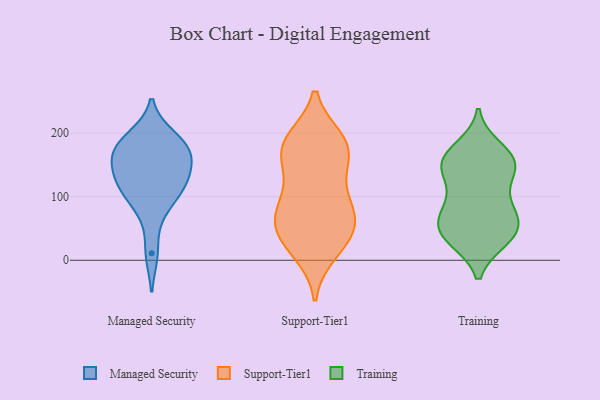
{"axis": {"x": "Headcount", "y": "Value"}, "legend": ["Managed Security", "Support-Tier1", "Training"], "data": [{"x": "", "y": 173, "type": "Managed Security"}, {"x": "", "y": 188, "type": "Managed Security"}, {"x": "", "y": 172, "type": "Managed Security"}, {"x": "", "y": 127, "type": "Managed Security"}, {"x": "", "y": 193, "type": "Managed Security"}, {"x": "", "y": 166, "type": "Managed Security"}, {"x": "", "y": 127, "type": "Managed Security"}, {"x": "", "y": 162, "type": "Managed Security"}, {"x": "", "y": 76, "type": "Managed Security"}, {"x": "", "y": 103, "type": "Managed Security"}, {"x": "", "y": 11, "type": "Managed Security"}, {"x": "", "y": 110, "type": "Managed Security"}, {"x": "", "y": 133, "type": "Managed Security"}, {"x": "", "y": 121, "type": "Support-Tier1"}, {"x": "", "y": 144, "type": "Support-Tier1"}, {"x": "", "y": 37, "type": "Support-Tier1"}, {"x": "", "y": 70, "type": "Support-Tier1"}, {"x": "", "y": 185, "type": "Support-Tier1"}, {"x": "", "y": 76, "type": "Support-Tier1"}, {"x": "", "y": 47, "type": "Support-Tier1"}, {"x": "", "y": 160, "type": "Support-Tier1"}, {"x": "", "y": 42, "type": "Support-Tier1"}, {"x": "", "y": 12, "type": "Support-Tier1"}, {"x": "", "y": 189, "type": "Support-Tier1"}, {"x": "", "y": 177, "type": "Support-Tier1"}, {"x": "", "y": 190, "type": "Support-Tier1"}, {"x": "", "y": 175, "type": "Support-Tier1"}, {"x": "", "y": 96, "type": "Support-Tier1"}, {"x": "", "y": 68, "type": "Support-Tier1"}, {"x": "", "y": 19, "type": "Support-Tier1"}, {"x": "", "y": 77, "type": "Support-Tier1"}, {"x": "", "y": 71, "type": "Training"}, {"x": "", "y": 94, "type": "Training"}, {"x": "", "y": 146, "type": "Training"}, {"x": "", "y": 176, "type": "Training"}, {"x": "", "y": 71, "type": "Training"}, {"x": "", "y": 124, "type": "Training"}, {"x": "", "y": 33, "type": "Training"}, {"x": "", "y": 84, "type": "Training"}, {"x": "", "y": 36, "type": "Training"}, {"x": "", "y": 157, "type": "Training"}, {"x": "", "y": 142, "type": "Training"}, {"x": "", "y": 167, "type": "Training"}, {"x": "", "y": 46, "type": "Training"}, {"x": "", "y": 44, "type": "Training"}, {"x": "", "y": 61, "type": "Training"}, {"x": "", "y": 152, "type": "Training"}, {"x": "", "y": 153, "type": "Training"}, {"x": "", "y": 33, "type": "Training"}]}